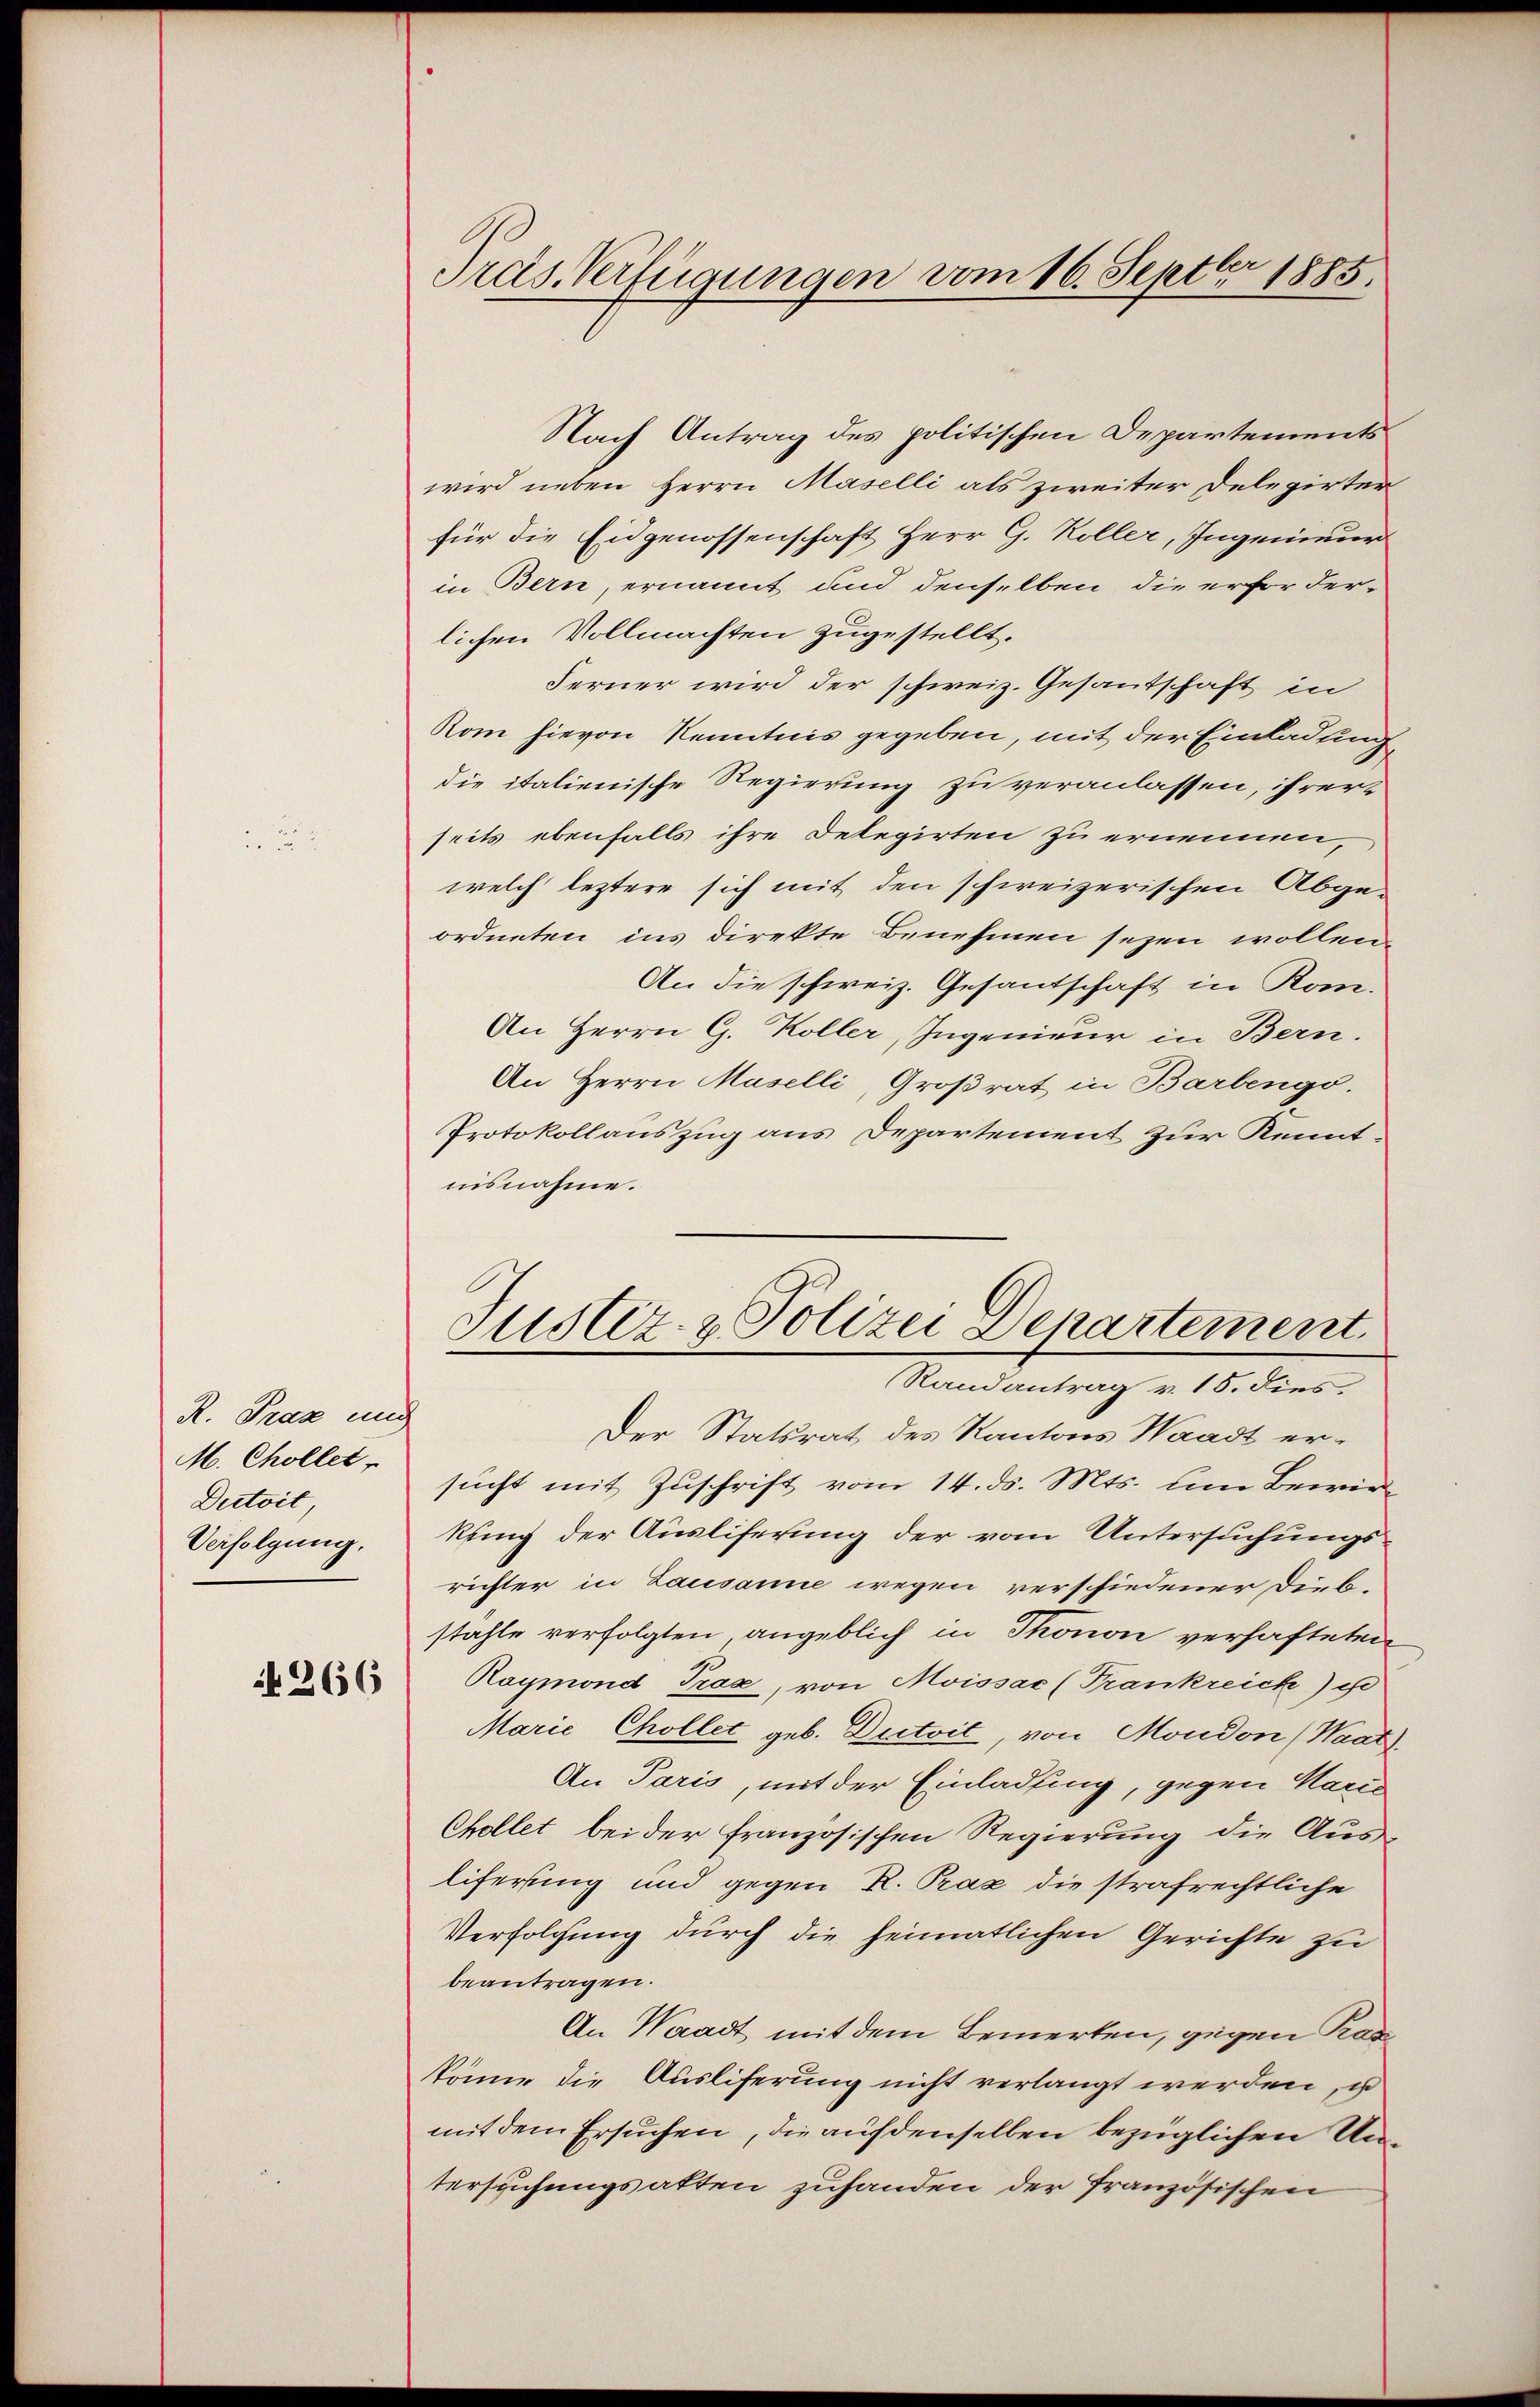
R. Prag und
M. Chollet,
Dertoit
Verfolgung.

266

Pras Verfügungen vom 16. Septbr 1885.

Nach Antrag des politischen Departements
wird neben Herrn Maselli als zweiter Delegirter
für die Eidgenossenschaft Herr G. Koller, Ingenieur
in Bern, ernannt und denselben die erforderlichen Vollmachten zugestellt.
Ferner wird der schweiz. Gesantschaft in
Rom hievon Kenntnis gegeben, mit der Einladung
die italienische Regierung zu veranlassen, ihrer-
seits ebenfalls ihre Delegirten zu ernennen,
welch leztere sich mit den schweizerischen Abge-
ordneten ins direkte Benehmen sezen wollen,
An die schweiz. Gesandschaft in Rom.
An Herrn G. Koller, Ingenieur in Bern.
An Herrn Maselli, Großrat in Barbengo.
Protokollauszug aus Departement zur Kenntnisnahme.

Justiz- & Polizei Departement
Randantrag v. 15. dies.

Der Statsrat des Kantons Waadt er-
sucht mit Zuschrift vom 14. ds. Mts. um Bewirkung der Ausliferung der vom Untersuchungsrichter in Lausanne wegen verschiedener Dieb-
stahle verfolgten, angeblich in Thonon verhafteten
Raymond Trax, von Moissac (Trankreich ist
Marie Chollet geb. Dutoit, von Moudon (Waat
An Paris, mit der Einladung, gegen Marie
Chollet bei der französischen Regierung die Ausliferung und gegen R. Prax die strafrechtliche
Verfolgung durch die heimatlichen Gerichte zu
beantragen.
An Waadt mit dem Bemerken, gegen Prax
könne die Ausliferung nicht verlangt werden, is
mit dem Ersuchen, die auf denselben bezüglichen Untersuchungsakten zuhanden der französischen